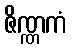
ဇိဏ္ဏကံ